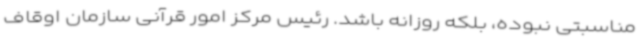
مناسبتی نبوده، بلکه روزانه باشد. رئیس مرکز امور قرآنی سازمان اوقاف